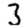
Digit: 3